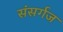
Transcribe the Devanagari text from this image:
संसर्गज